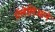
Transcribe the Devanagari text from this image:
गॅलेलिओने